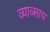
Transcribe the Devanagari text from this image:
व्याव्साय